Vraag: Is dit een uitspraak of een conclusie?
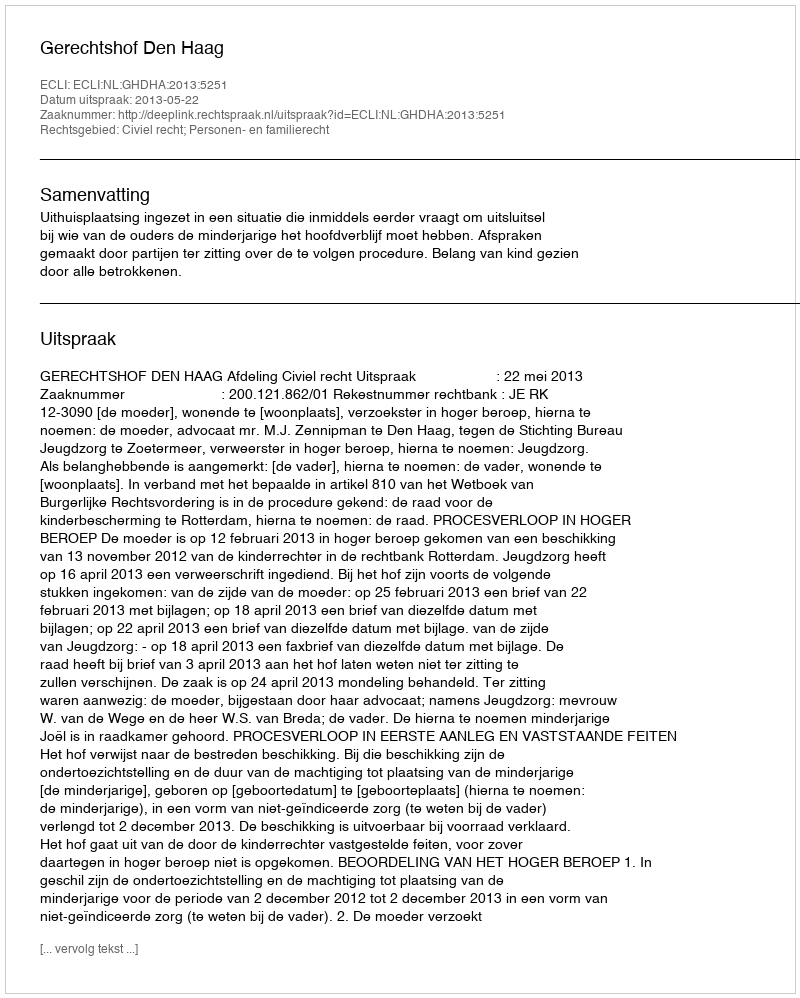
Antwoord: Uitspraak